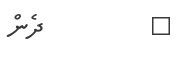
٨         ދެން